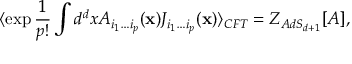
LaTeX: \langle \exp { \frac { 1 } { p ! } } \int d ^ { d } x A _ { i _ { 1 } \ldots i _ { p } } ( { \bf x } ) J _ { i _ { 1 } \ldots i _ { p } } ( { \bf x } ) \rangle _ { C F T } = { \cal Z } _ { A d S _ { d + 1 } } [ { \cal A } ] ,